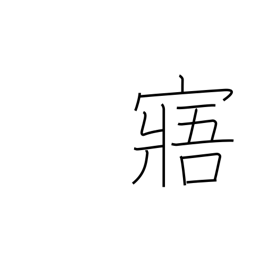
Meaning: understand